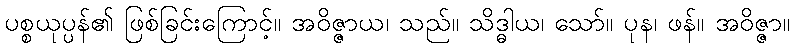
ပစ္စယုပ္ပန်၏ ဖြစ်ခြင်းကြောင့်။ အဝိဇ္ဇာယ၊ သည်။ သိဒ္ဓါယ၊ သော်။ ပုန၊ ဖန်။ အဝိဇ္ဇာ။